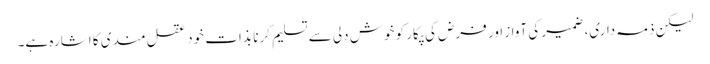
لیکن ذمہ داری، ضمیر کی آواز اور فرض کی پکار کو خوش دلی سے تسلیم کرنا بذات خود عقل مندی کا اشارہ ہے۔